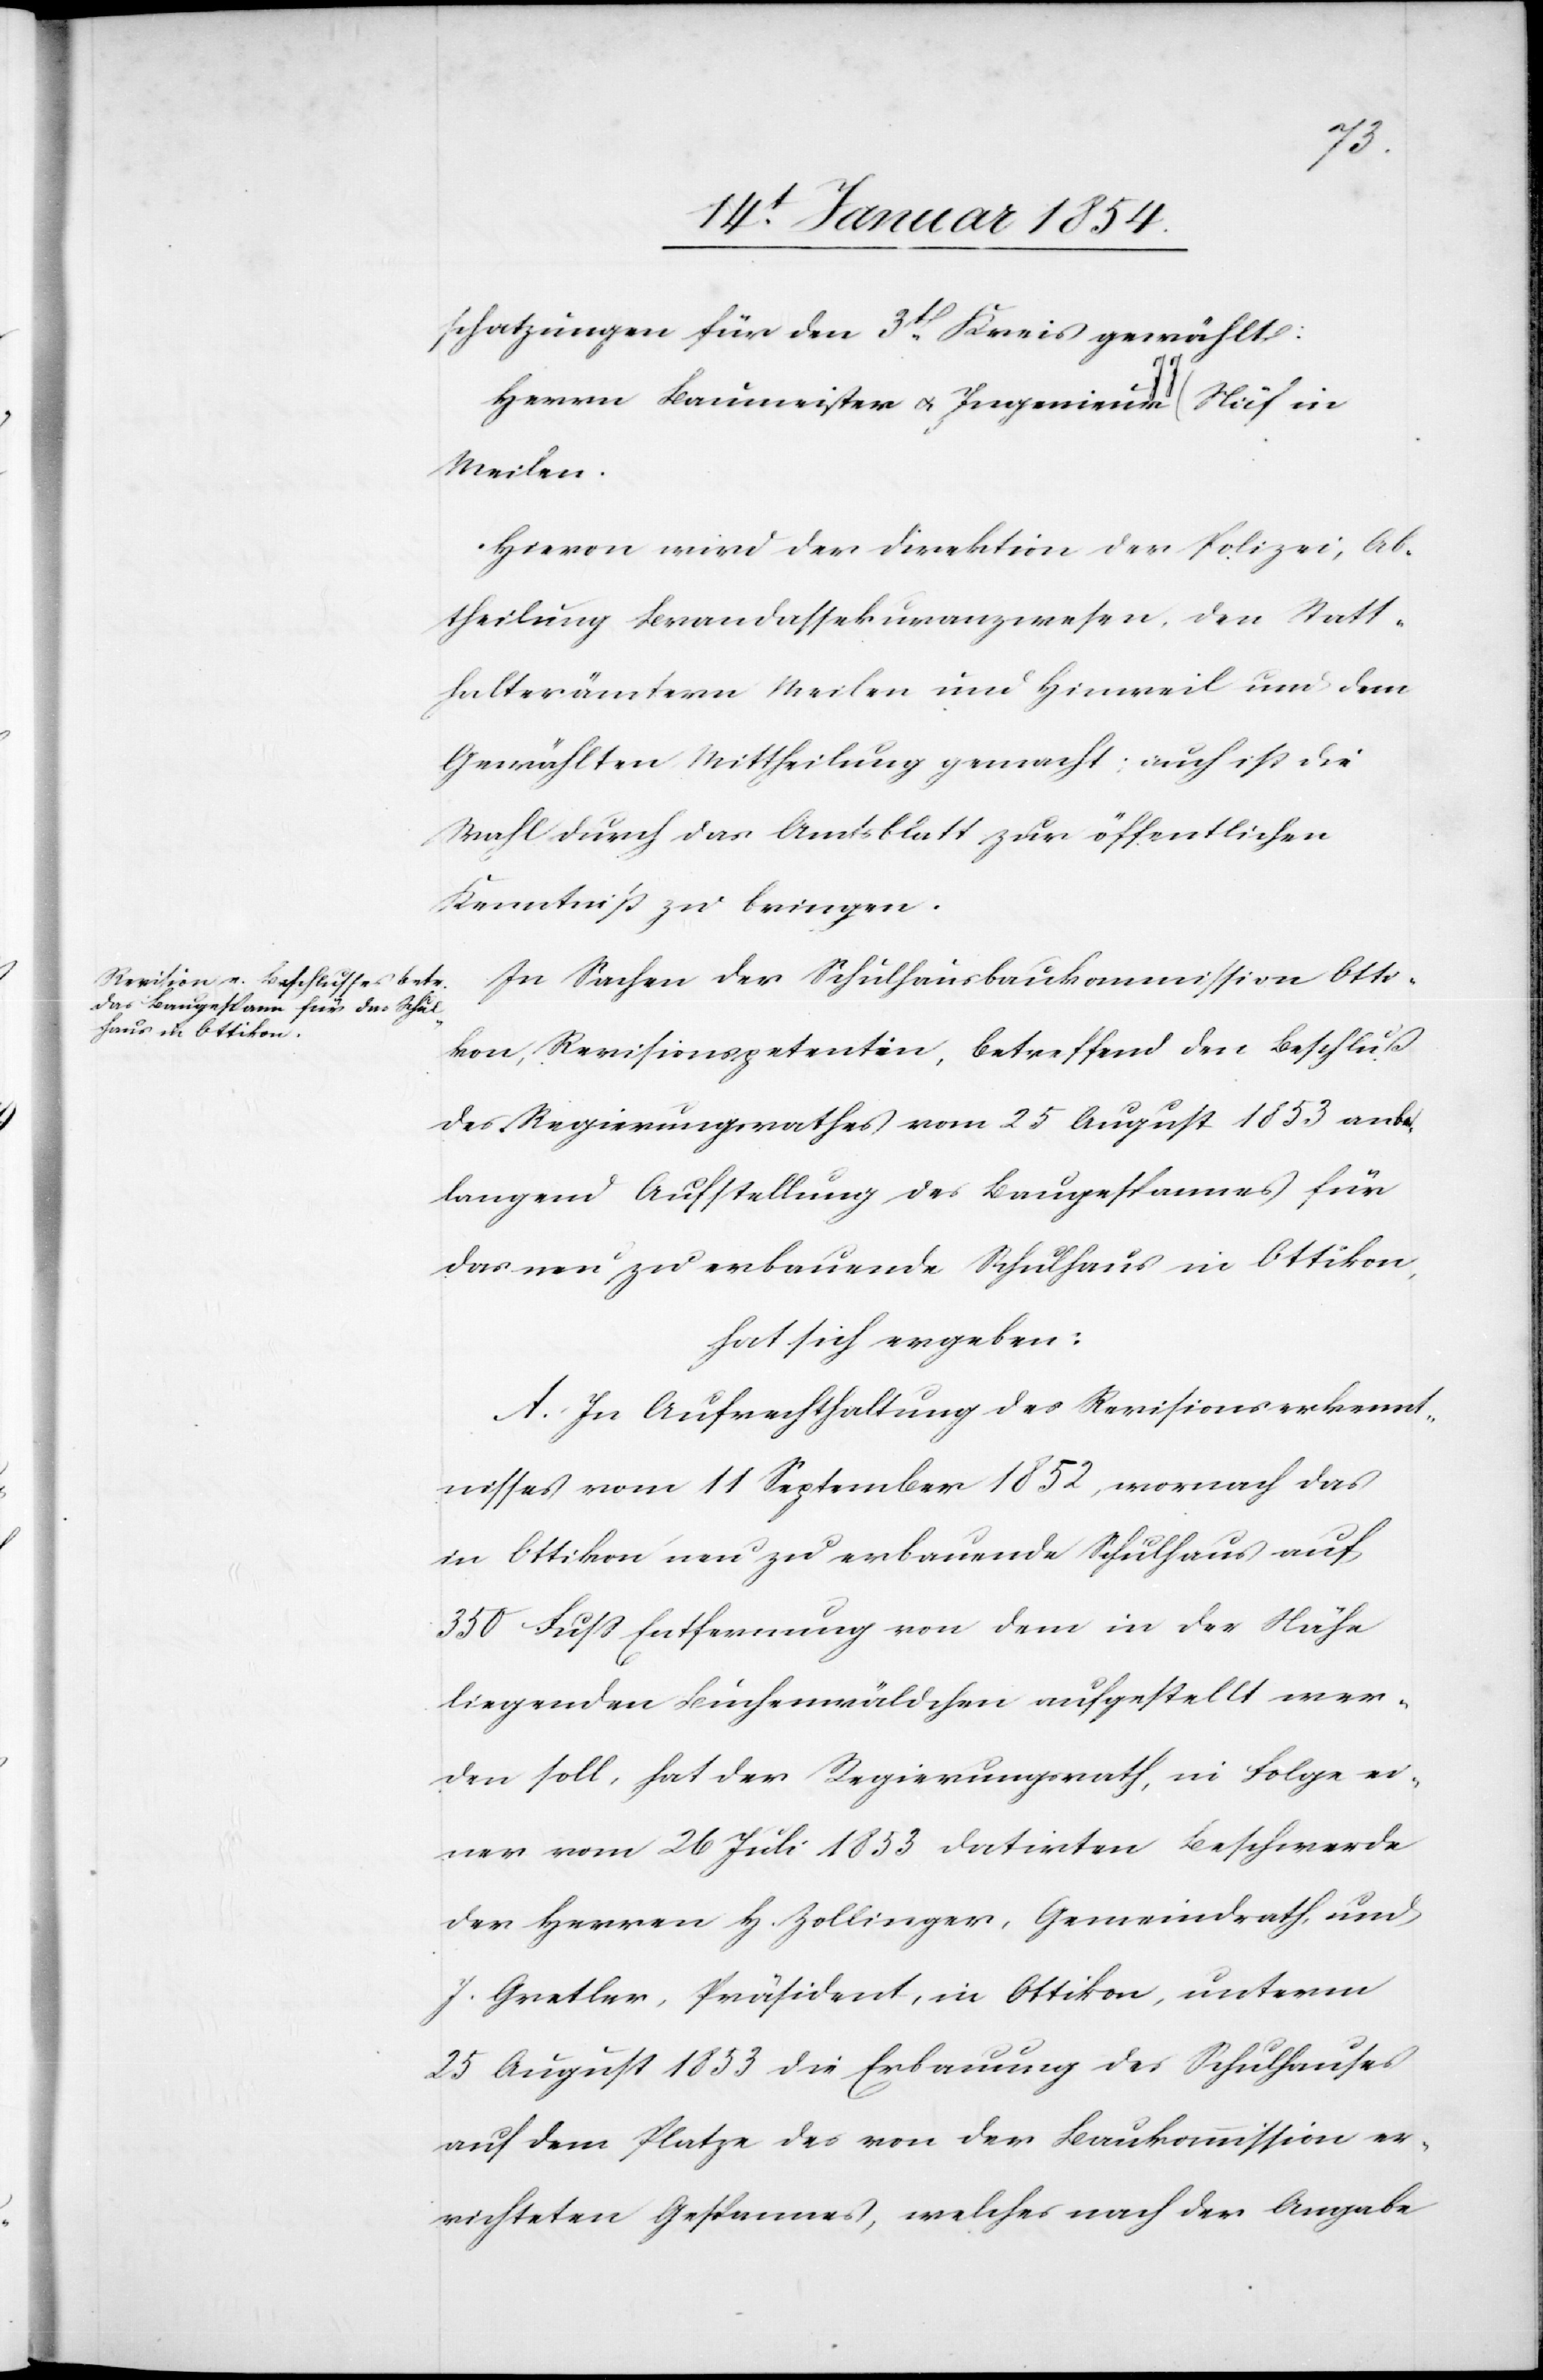
schatzungen für den 3t Kreis gewählt:
Herrn Baumeister u. Ingenieur a-J J-a Näf in
Meilen.
Hievon wird der Direktion der Polizei, Ab¬
theilung Brandassekuranzwesen, den Statt¬
halterämtern Meilen und Hinweil und dem
Gewählten Mittheilung gemacht; auch ist die
Wahl durch das Amtsblatt zur öffentlichen
Kenntniß zu bringen.
In Sachen der Schulhausbaukommission Otti¬
kon, Revisionspetentin, betreffend den Beschluß
des Regierungsrathes vom 25 August 1853 anbe¬
langend Aufstellung des Baugespannes für
das neu zu erbauende Schulhaus in Ottikon,
hat sich ergeben:
A. In Aufrechthaltung des Revisionserkennt¬
nisses vom 11 September 1852, wornach das
in Ottikon neu zu erbauende Schulhaus auf
350 Fuß Entfernung von dem in der Nähe
liegenden Buchenwäldchen aufgestellt wer¬
den soll, hat der Regierungsrath, in Folge ei¬
ner vom 26 Juli 1853 datirten Beschwerde
der Herren H. Zollinger, Gemeindrath, und
J. Gretler, Präsident, in Ottikon, unterm
25 August 1853 die Erbauung des Schulhauses
auf dem Platze des von der Baukommission er¬
richteten Gespannes, welches nach der Angabe